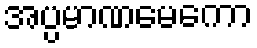
အပ္ပမာဏမေကော